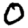
Digit: 0